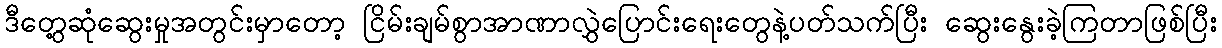
ဒီတွေ့ဆုံဆွေးမှုအတွင်းမှာတော့ ငြိမ်းချမ်စွာအာဏာလွှဲပြောင်းရေးတွေနဲ့ပတ်သက်ပြီး ဆွေးနွေးခဲ့ကြတာဖြစ်ပြီး